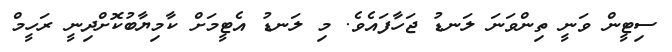
ސިޓީން ވަނީ ތިންވަނަ ލަނޑު ޖަހާފައެވެ. މި ލަނޑު އެޓީމަށް ކާމިޔާބުކޮށްދިނީ ރަހީމް